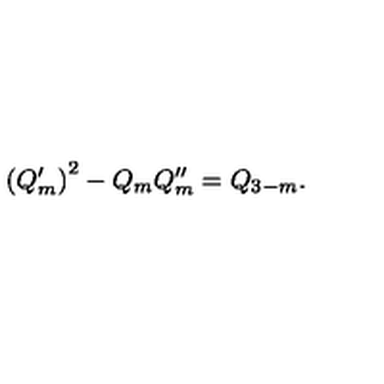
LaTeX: \left( Q _ { m } ^ { \prime } \right) ^ { 2 } - Q _ { m } Q _ { m } ^ { \prime \prime } = Q _ { 3 - m } .